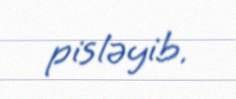
pisləyib.